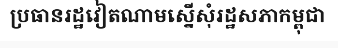
ប្រធានរដ្ឋវៀតណាមស្នើសុំរដ្ឋសភាកម្ពុជា